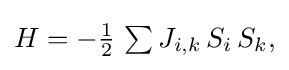
{\textstyle H=-{\frac {1}{2}}\,\sum J_{i,k}\,S_{i}\,S_{k},}